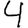
Digit: 4